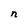
Character: n